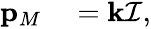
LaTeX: \begin{array}{rl}{\mathbf{p}_{M}}&{{}=\mathbf{k}\mathcal{I},}\end{array}